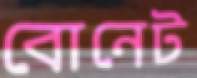
বোনেট